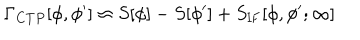
LaTeX: \Gamma _ { C T P } [ \phi , \phi ^ { \prime } ] \approx S [ \phi ] - S [ \phi ^ { \prime } ] + S _ { \mathrm { I F } } [ \phi , \phi ^ { \prime } ; \infty ]